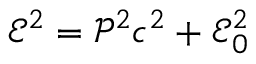
\mathscr { E } ^ { 2 } = \mathscr { P } ^ { 2 } c ^ { 2 } + \mathscr { E } _ { 0 } ^ { 2 }